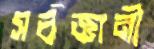
সর্বজ্ঞানী